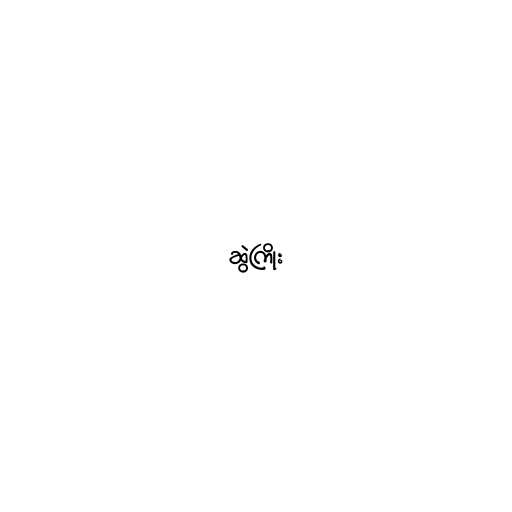
ဆွဲကြိုး